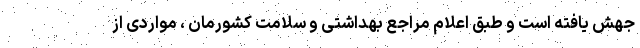
جهش یافته است و طبق اعلام مراجع بهداشتی و سلامت کشورمان ، مواردی از